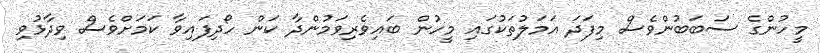
މީހުންގެ ސަބަބުންވެސް މިފަދަ އަމަލުތަކުގައި މީހުން ބައިވެރިވަމުންދާ ކަން ހޯދިފައިވާ ކަމަށްވެސް ވިދާޅުވި